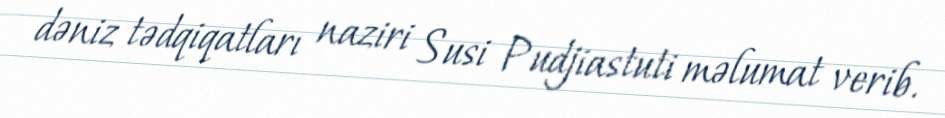
dəniz tədqiqatları naziri Susi Pudjiastuti məlumat verib.